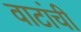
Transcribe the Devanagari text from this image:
वाटांची